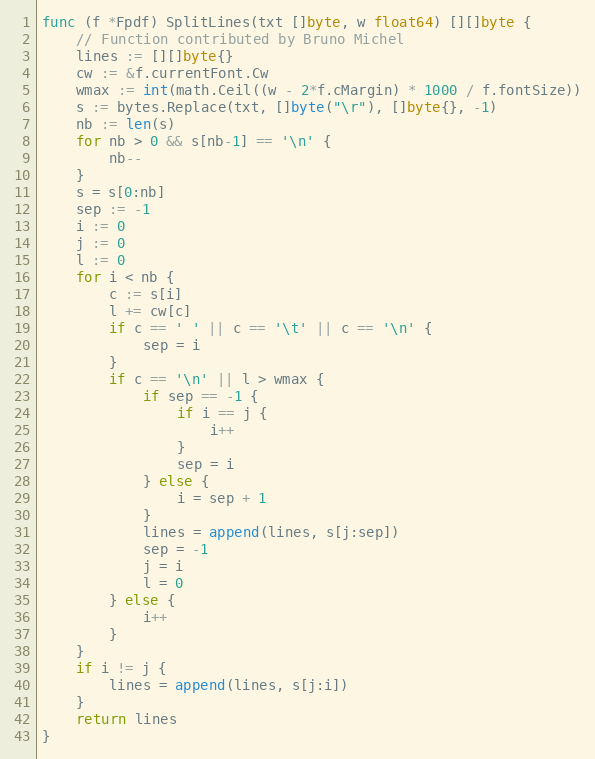
Language: Go
func (f *Fpdf) SplitLines(txt []byte, w float64) [][]byte {
	// Function contributed by Bruno Michel
	lines := [][]byte{}
	cw := &f.currentFont.Cw
	wmax := int(math.Ceil((w - 2*f.cMargin) * 1000 / f.fontSize))
	s := bytes.Replace(txt, []byte("\r"), []byte{}, -1)
	nb := len(s)
	for nb > 0 && s[nb-1] == '\n' {
		nb--
	}
	s = s[0:nb]
	sep := -1
	i := 0
	j := 0
	l := 0
	for i < nb {
		c := s[i]
		l += cw[c]
		if c == ' ' || c == '\t' || c == '\n' {
			sep = i
		}
		if c == '\n' || l > wmax {
			if sep == -1 {
				if i == j {
					i++
				}
				sep = i
			} else {
				i = sep + 1
			}
			lines = append(lines, s[j:sep])
			sep = -1
			j = i
			l = 0
		} else {
			i++
		}
	}
	if i != j {
		lines = append(lines, s[j:i])
	}
	return lines
}